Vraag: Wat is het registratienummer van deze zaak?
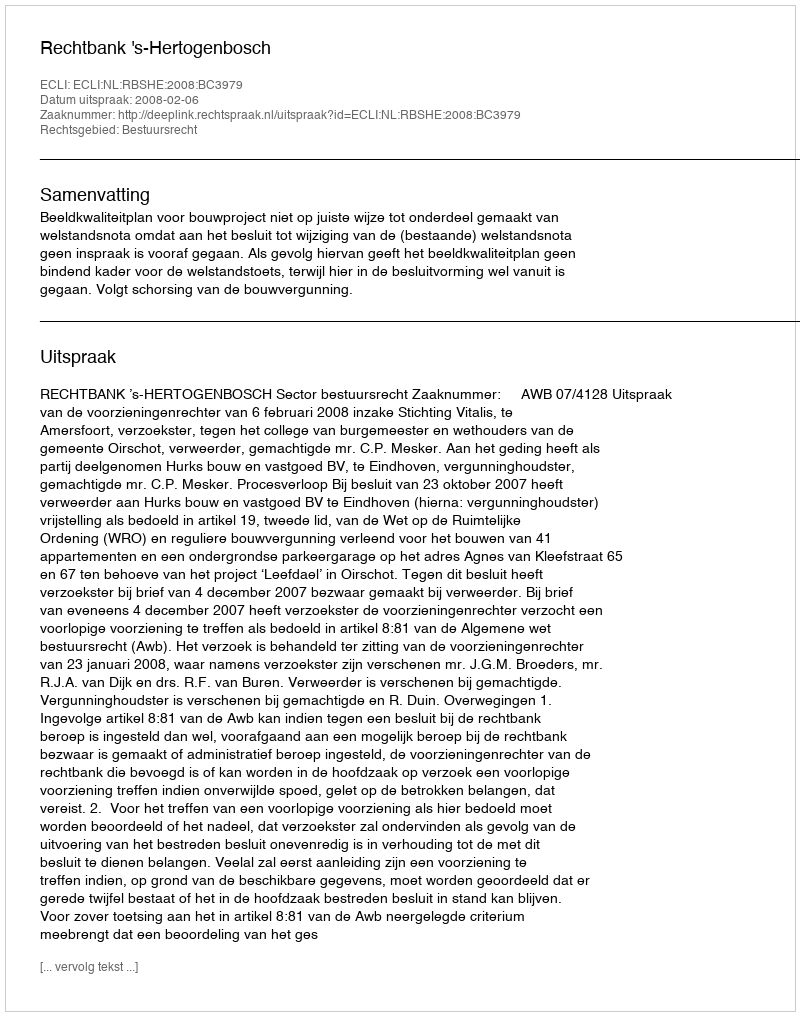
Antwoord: http://deeplink.rechtspraak.nl/uitspraak?id=ECLI:NL:RBSHE:2008:BC3979